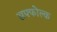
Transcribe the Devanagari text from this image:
सफ्फोल्क